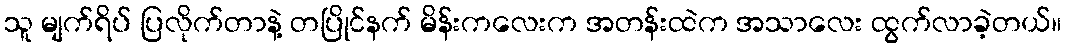
သူ မျက်ရိပ် ပြလိုက်တာနဲ့ တပြိုင်နက် မိန်းကလေးက အတန်းထဲက အသာလေး ထွက်လာခဲ့တယ်။